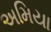
અમિયા